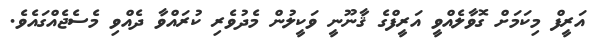
އަރީފް މިކަމަށް ގޮވާލެއްވީ އަރީފްގެ ޤާނޫނީ ވަކީލުން މެދުވެރި ކުރައްވާ ދެއްވި މެސެޖެއްގައެވެ.